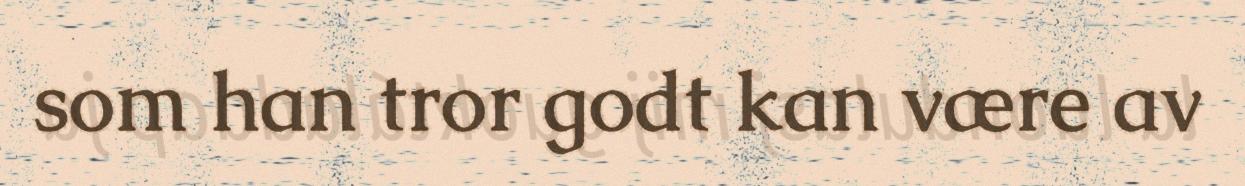
som han tror godt kan være av